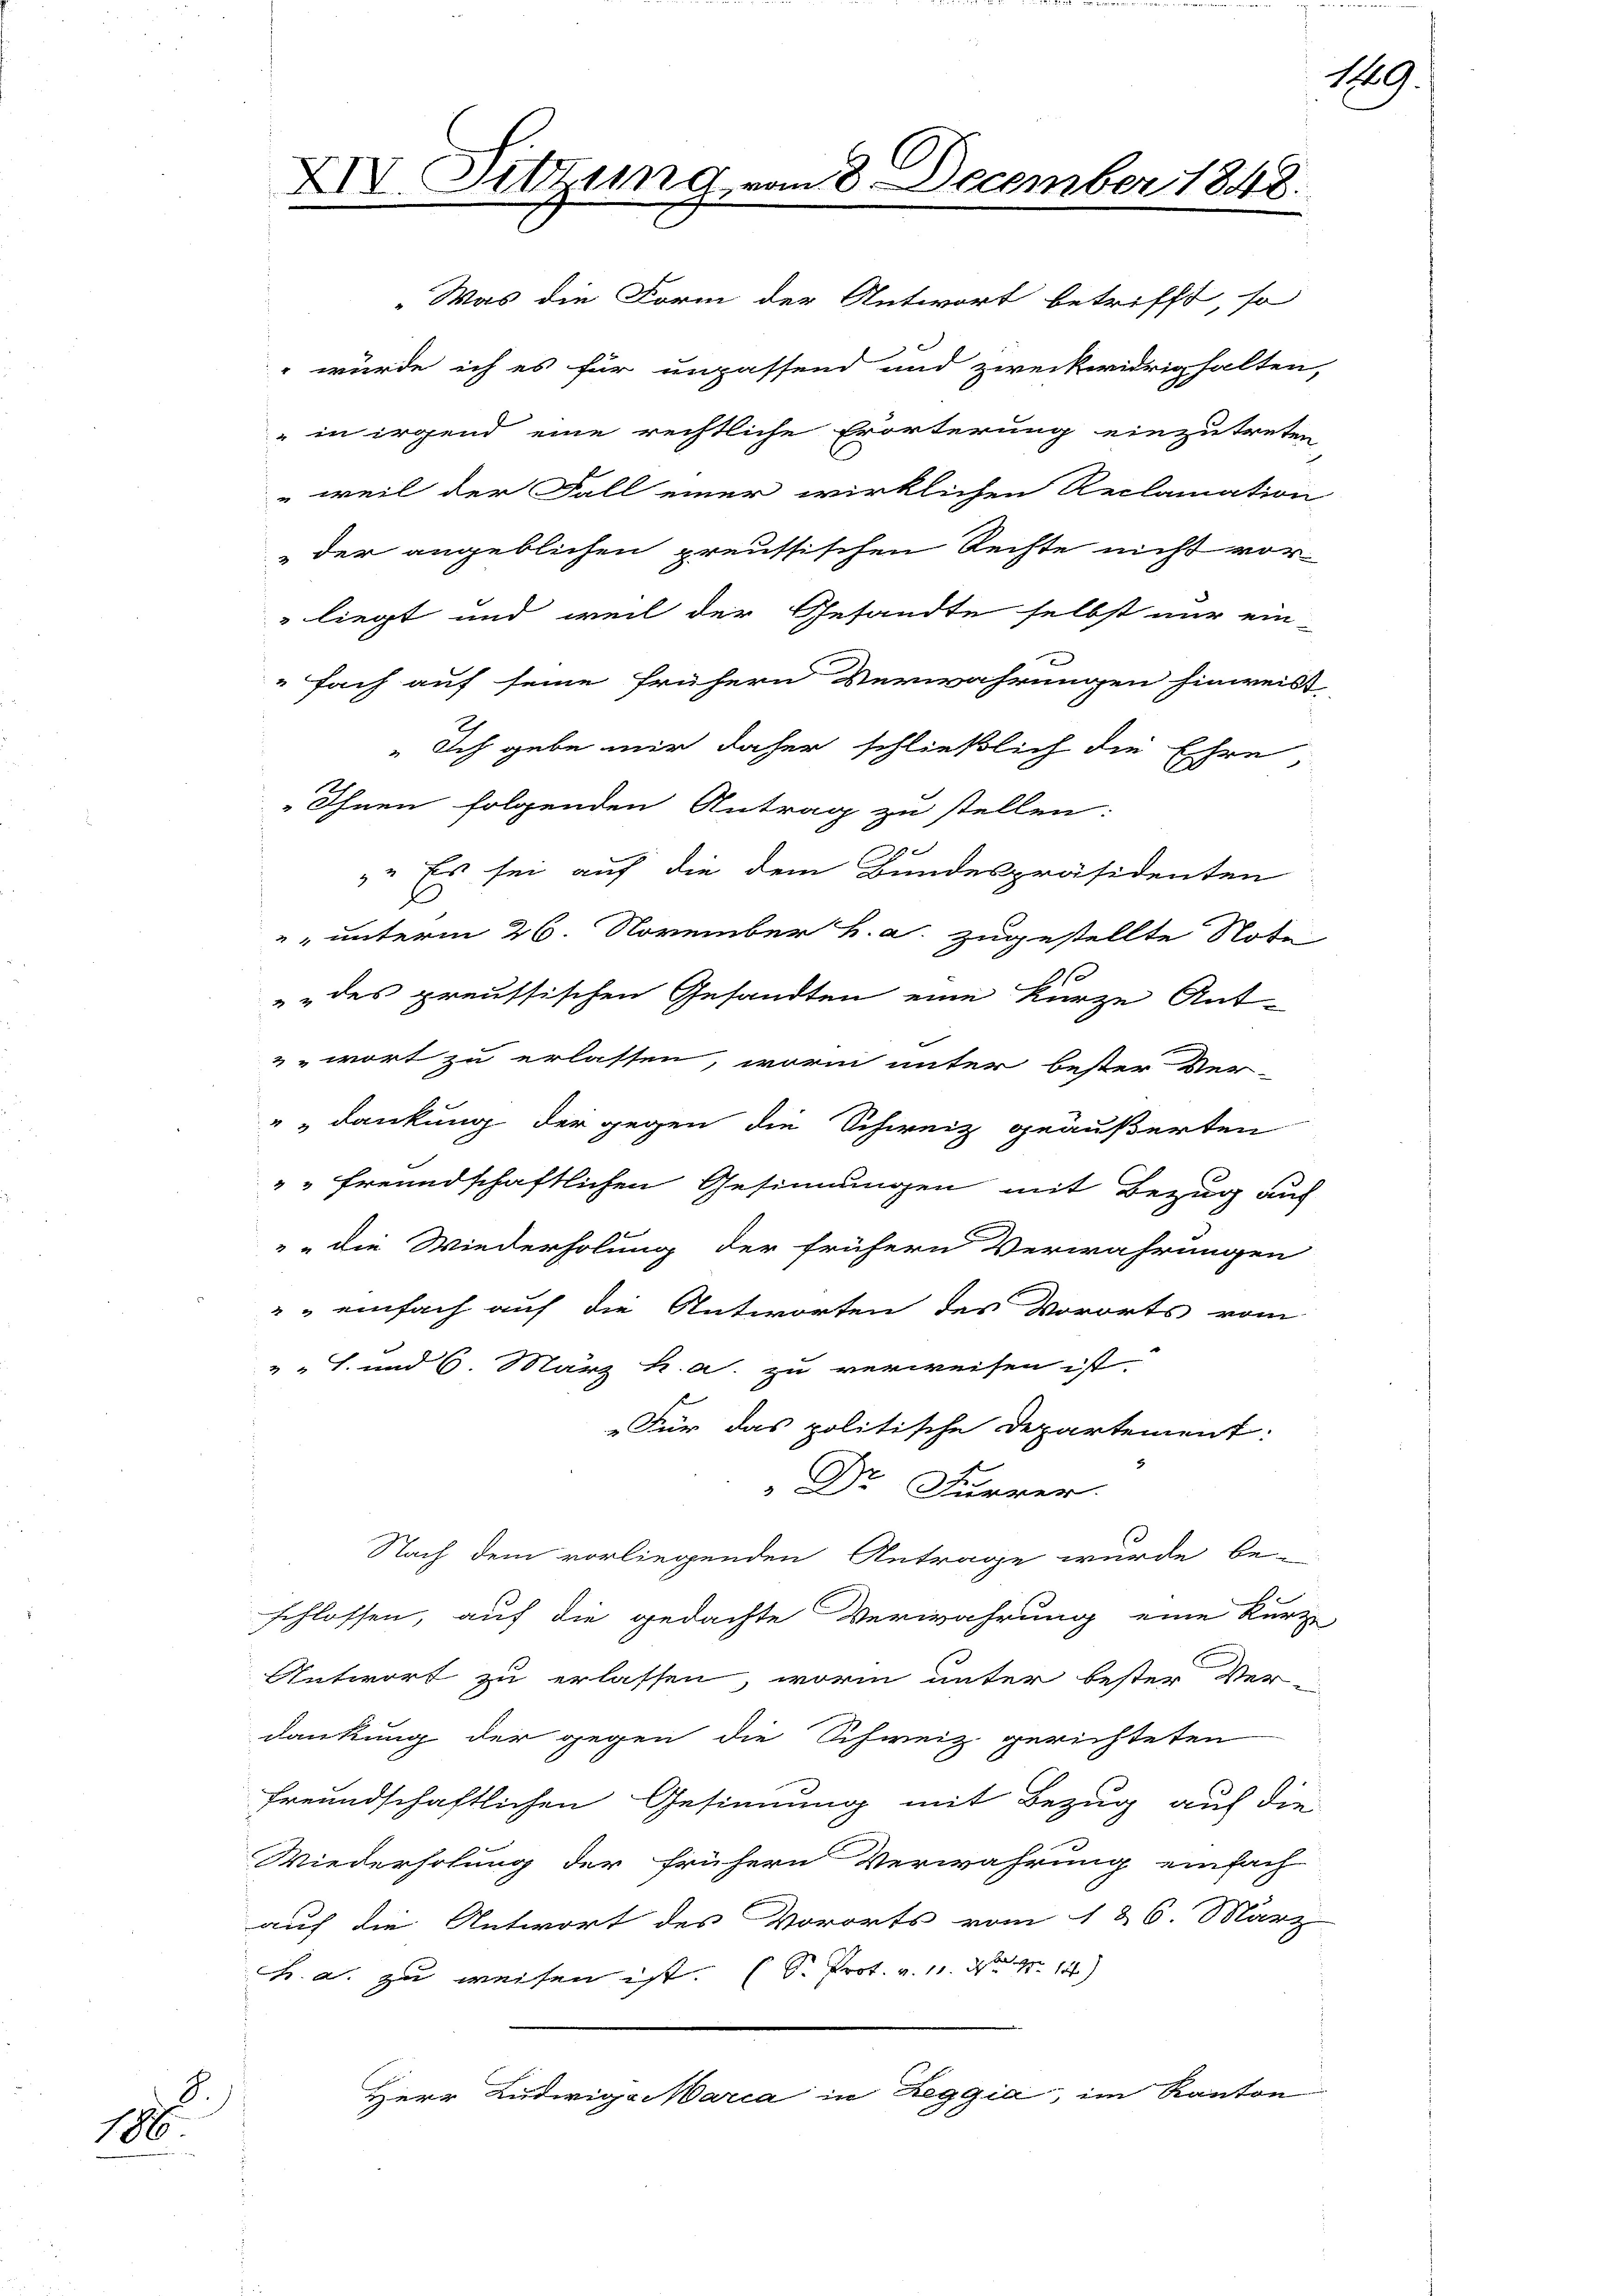
188

Ihnen folgenden Antrag zu stellen:
2
" Es sei auf die dem Bundespräsidenten
"" unterm 26. November h. a. zugestellte Note
„des preussischen Gesandten eine kurze Ant-
.
wort zu erlassen, worin unter bester Ver-
" dankung der gegen die Schweiz geäußerten
" " freundschaftlichen Gesinnungen mit Bezug auf
e
die Wiederholung der frühern Verwahrungen
"" einfach auf die Antworten des Vororts vom
" " J. und 6. März h. a. zu verweisen ist.
Für das politische Departement:
Dr Quarer.
Nach dem vorliegenden Antrage wurde be-
schlossen, auf die gedachte Verwahrung eine kurze
Antwort zu erlassen, worin unter bester Ver-
dankung der gegen die Schweiz gerichteten
freundschaftlichen Gesinnung mit Bezug auf die
Wiederholung der frühern Verwahrung einfach
auch die Antwort des Vororts vom 1 & 6. März
h. a. zu weisen ist. (S. Prot. v. 11. d. 14)
Herr Ludwigs Maria in Leggia, im Kanton

XIV. Sitzung, u.

3 December 1848.

„Was die Form der Antwort betrifft, so
 würde ich es für unpassend und zweckwidrig halten,
" in irgend eine rechtliche Erörterung einzutreten,
weil der Fall einer wirklichen Reclamation
der angeblichen preussischen Rechte nicht vor-
" liegt und weil der Gesandte selbst nur ein-
fach auf seine frühern Verwahrungen hinweist
" Ich gebe mir daher schließlich die Ehre,

169.